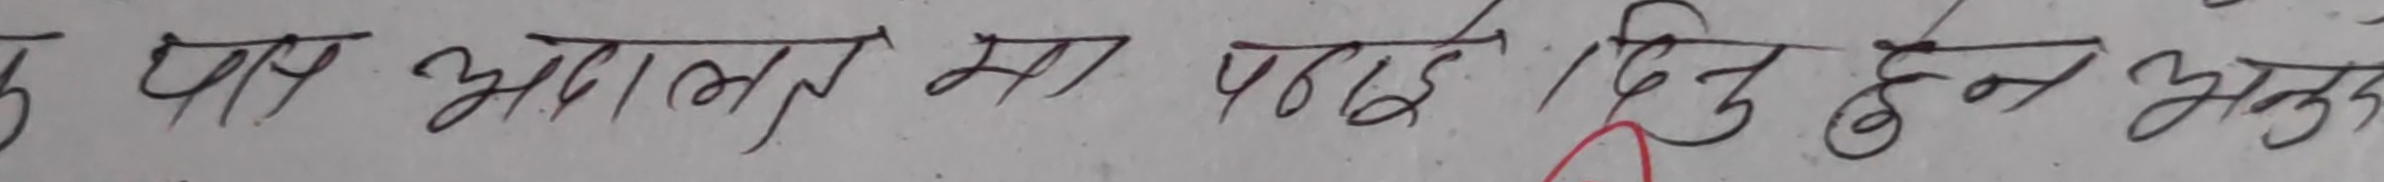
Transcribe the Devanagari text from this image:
के पास आलमार मा पाई दिनु हुन भक्त